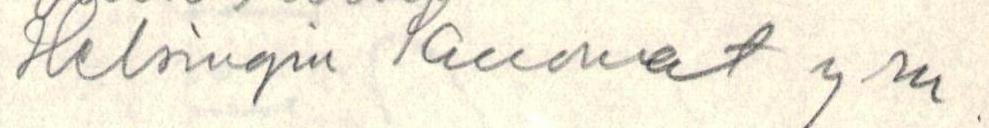
Helsingin Sanomat ym.